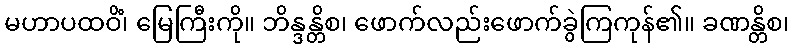
မဟာပထဝိံ၊ မြေကြီးကို။ ဘိန္ဒန္တိစ၊ ဖောက်လည်းဖောက်ခွဲကြကုန်၏။ ခဏန္တိစ၊